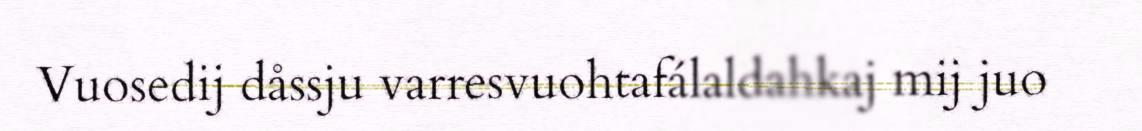
Vuosedij dåssju varresvuohtafálaldahkaj mij juo